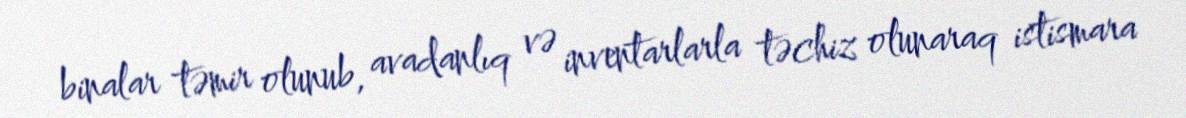
binalar təmir olunub, avadanlıq və inventarlarla təchiz olunaraq istismara